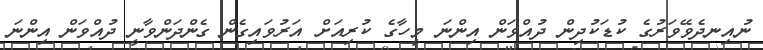
ނުއިނދެވޭވަރުގެ ކުޑަކުދިން ދުއްވަން އިންނަ މީހާގެ ކުރިއަށް އަރުވައިގެން ގެންދަންވާނީ ދުއްވަން އިންނަ